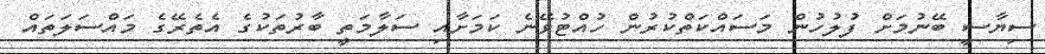
ސިޔާސީ ބޭނުމަށް ފުލުހުން މަސައްކަތްކުރުން ހުއްޓުވޭނެ ކަމަށާއި ސަލާމަތީ ބާރުތަކުގެ އެތެރޭގެ މައްސަލަތައް